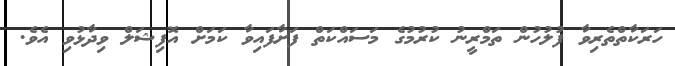
ހަރަކާތްތެރިވާ ފުލުހުން ތަމްރީނު ކުރުމުގެ މަސައްކަތް ފަށާފައިވާ ކަމަށް އޮފިޝަލް ވިދާޅުވި އެވެ.